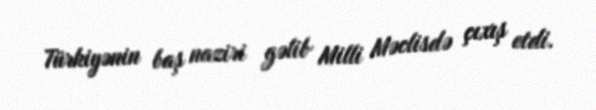
Türkiyənin baş naziri gəlib Milli Məclisdə çıxış etdi.